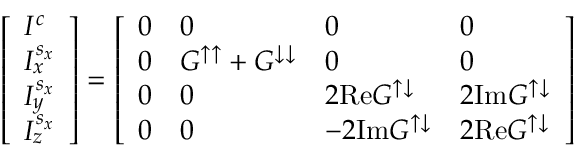
\left[ \begin{array} { l } { I ^ { c } } \\ { I _ { x } ^ { s _ { x } } } \\ { I _ { y } ^ { s _ { x } } } \\ { I _ { z } ^ { s _ { x } } } \end{array} \right] = \left[ \begin{array} { l l l l } { 0 } & { 0 } & { 0 } & { 0 } \\ { 0 } & { G ^ { \uparrow \uparrow } + G ^ { \downarrow \downarrow } } & { 0 } & { 0 } \\ { 0 } & { 0 } & { 2 \mathrm { R e } G ^ { \uparrow \downarrow } } & { 2 \mathrm { I m } G ^ { \uparrow \downarrow } } \\ { 0 } & { 0 } & { - 2 \mathrm { I m } G ^ { \uparrow \downarrow } } & { 2 \mathrm { R e } G ^ { \uparrow \downarrow } } \end{array} \right]